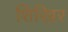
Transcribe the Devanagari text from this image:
शिखिर